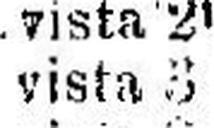
vista 3